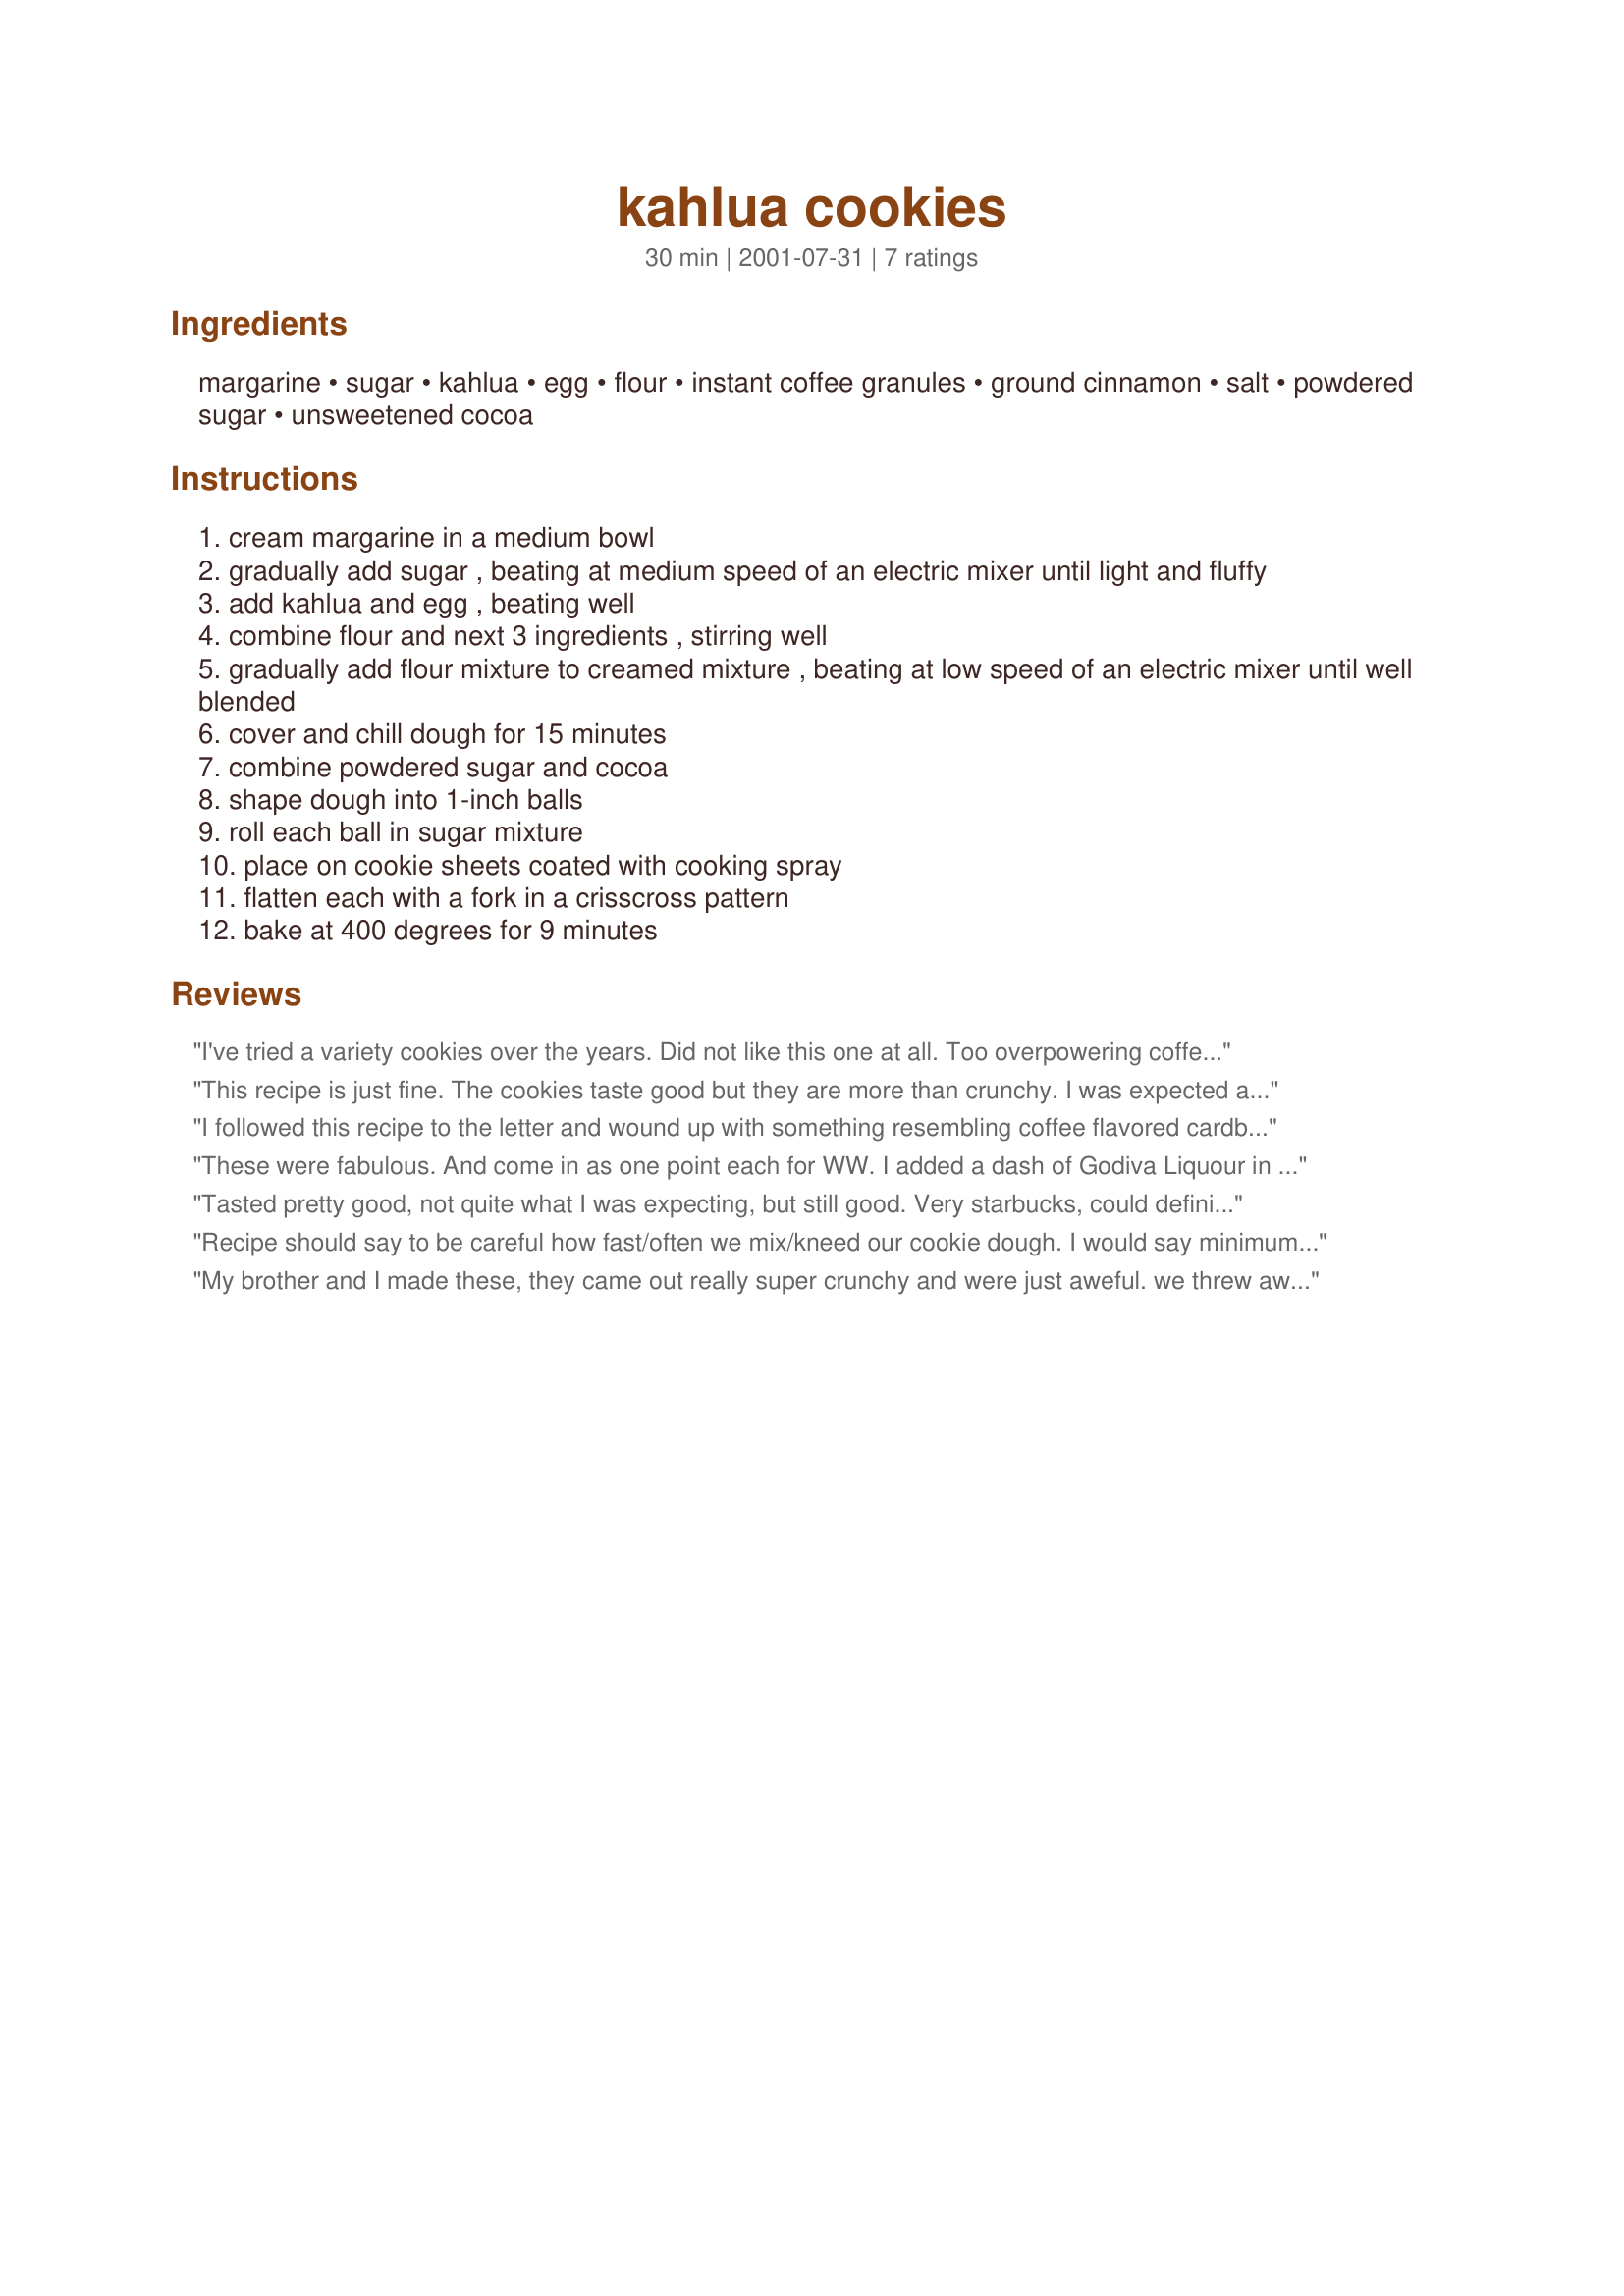
kahlua cookies
Preparation time: 30 minutes

Ingredients:
margarine, sugar, kahlua, egg, flour, instant coffee granules, ground cinnamon, salt, powdered sugar, unsweetened cocoa

Steps:
cream margarine in a medium bowl
gradually add sugar , beating at medium speed of an electric mixer until light and fluffy
add kahlua and egg , beating well
combine flour and next 3 ingredients , stirring well
gradually add flour mixture to creamed mixture , beating at low speed of an electric mixer until well blended
cover and chill dough for 15 minutes
combine powdered sugar and cocoa
shape dough into 1-inch balls
roll each ball in sugar mixture
place on cookie sheets coated with cooking spray
flatten each with a fork in a crisscross pattern
bake at 400 degrees for 9 minutes

Reviews:
I've tried a variety cookies over the years. Did not like this one at all. Too overpowering coffee taste, maybe back it down to one Tblsp or 2 tsp. Just didn't make the grade for me.
This recipe is just fine. The cookies taste good but they are more than crunchy. I was expected a stronger flavor to coffee. We left them into the oven more than the time the recipe says.
I followed this recipe to the letter and wound up with something resembling coffee flavored cardboard or treebark. One of the worst cookies I've ever had the displeasure of eating.
These were fabulous. And come in as one point each for WW. I added a dash of Godiva Liquour in also to make them delicious.
Tasted pretty good, not quite what I was expecting, but still good. Very starbucks, could definitely enjoy with a latte!!
Recipe should say to be careful how fast/often we mix/kneed our cookie dough. I would say minimum handling - even in the rolling - drop on the pan and bake IMHO. My first batch came out like cardboard also.
My brother and I made these, they came out really super crunchy and were just aweful. we threw away the whole batch.
